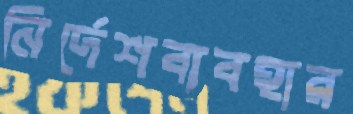
নির্দেশব্যবহার